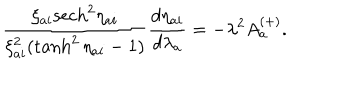
\frac { \xi _ { a i } \mathrm { s e c h } ^ { 2 } \eta _ { a i } } { \xi _ { a i } ^ { 2 } ( \tanh ^ { 2 } \eta _ { a i } - 1 ) } \frac { d \eta _ { a i } } { d \lambda _ { a } } = - \lambda ^ { 2 } A _ { a } ^ { ( + ) } .